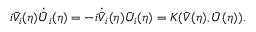
i \bar { V } _ { i } ( \eta ) \dot { \bar { U } } _ { i } ( \eta ) = - i \dot { \bar { V } } _ { i } ( \eta ) \bar { U } _ { i } ( \eta ) = K ( \bar { V } ( \eta ) , \bar { U } ( \eta ) ) .